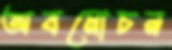
অবমোচন